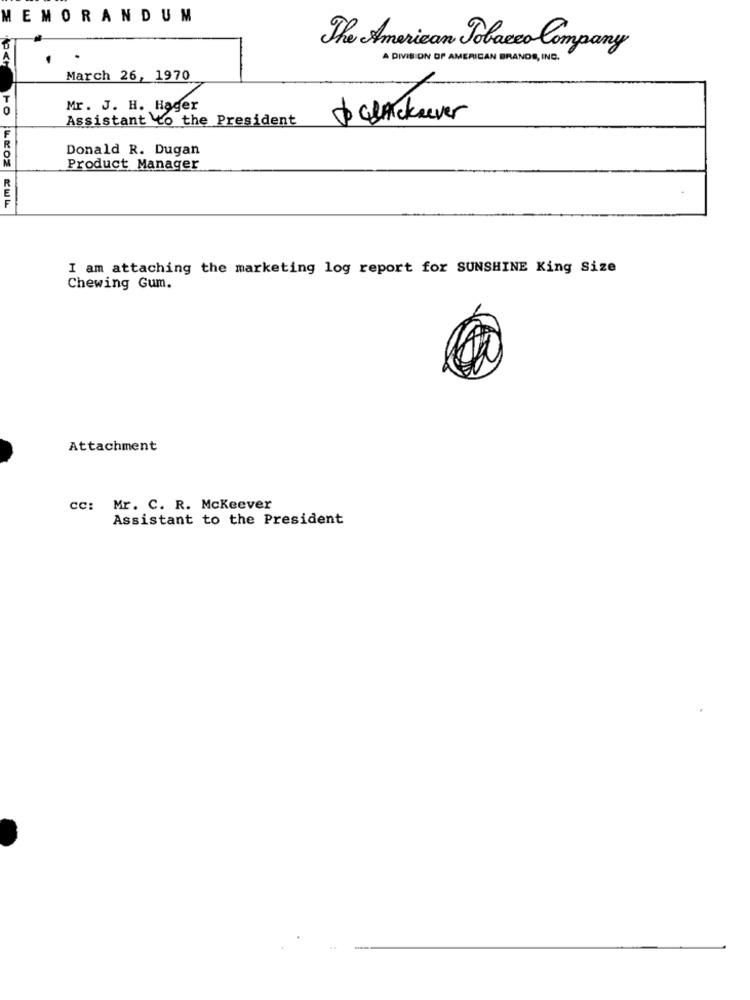
MEMORANDUM
The American Tobacco Company
A DIVIS ON OF AMERICAN BRANDS, INC.
March 26, 1970
0
Mr. J. H. Hager
Assistant to the President
checknever
F
Donald R. Dugan
Product Manager
I am attaching the marketing log report for SUNSHINE King Size
Chewing Gum.
Attachment
cc: Mr. C. R. Mckeever
Assistant to the President